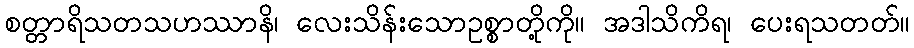
စတ္တာရိသတသဟဿာနိ၊ လေးသိန်းသောဥစ္စာတို့ကို။ အဒါသိကိရ၊ ပေးရသတတ်။